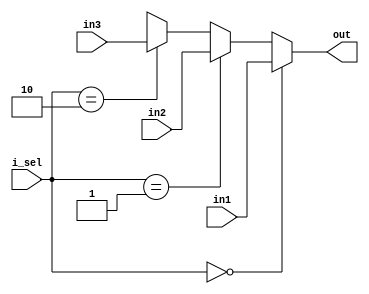
module Mux3x1_NBits(out, in1, in2, in3, i_sel);

parameter LEN = 32;

input [LEN-1:0] in1, in2, in3;
input [LEN-1:0] i_sel;

output [LEN-1:0]out;

assign out = (i_sel == 2'b00) ? in1 : (i_sel == 2'b01) ? in2 : (i_sel == 2'b10) ? in3 : LEN'bx;

endmodule